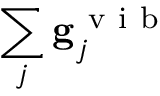
\sum _ { j } \mathbf { g } _ { j } ^ { \mathrm { ~ v ~ i ~ b ~ } }